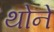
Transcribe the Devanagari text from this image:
थोने